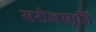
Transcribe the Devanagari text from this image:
सरोजस्मृति